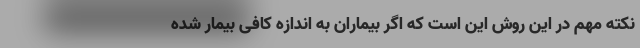
نکته مهم در این روش این است که اگر بیماران به اندازه کافی بیمار شده